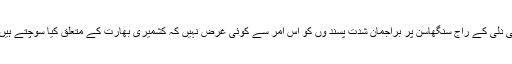
نئی دلی کے راج سنگھاسن پر براجمان شدت پسند وں کو اس امر سے کوئی غرض نہیں کہ کشمیری بھارت کے متعلق کیا سوچتے ہیں ؟